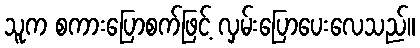
သူက စကားပြောစက်ဖြင့် လှမ်းပြောပေးလေသည်။